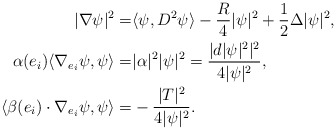
\begin{align*}|\nabla\psi|^2=&\langle\psi,D^2\psi\rangle-\frac{R}{4}|\psi|^2+\frac{1}{2}\Delta|\psi|^2, \\\alpha({e_i})\langle\nabla_{e_i}\psi,\psi\rangle=&|\alpha|^2|\psi|^2=\frac{|d|\psi|^2|^2}{4|\psi|^2},\\\langle\beta(e_i)\cdot\nabla_{e_i}\psi,\psi\rangle=&-\frac{|T|^2}{4|\psi|^2}.\end{align*}